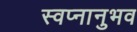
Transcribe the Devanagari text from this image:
स्वप्नानुभव